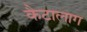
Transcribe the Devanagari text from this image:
कैटालाग